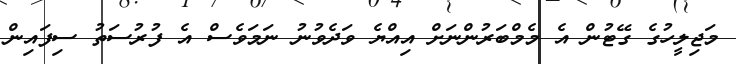
މަޖިލީހުގެ ގޭޓުން އެ މެމްބަރުންނަށް އިއްޔެ ވަދެވުނު ނަމަވެސް އެ ފުރުސަތު ސިފައިން